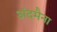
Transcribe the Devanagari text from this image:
अंदमैना